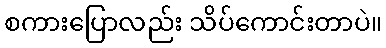
စကားပြောလည်း သိပ်ကောင်းတာပဲ။